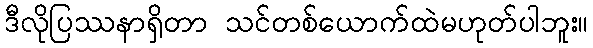
ဒီလိုပြဿနာရှိတာ သင်တစ်ယောက်ထဲမဟုတ်ပါဘူး။